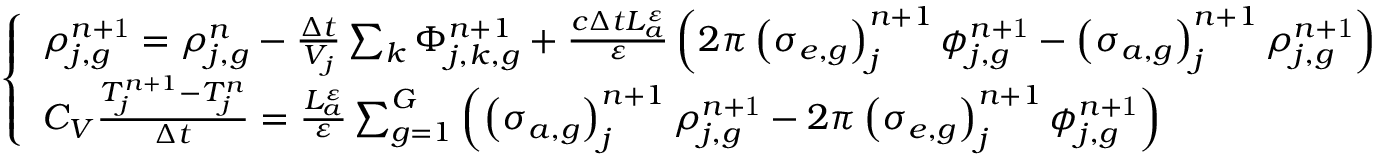
\left\{ \begin{array} { l } { { \rho _ { j , g } ^ { n \mathrm { + 1 } } = \rho _ { j , g } ^ { n } - \frac { \Delta t } { V _ { j } } \sum _ { k } \Phi _ { j , k , g } ^ { n + 1 } + \frac { c \Delta t L _ { a } ^ { \varepsilon } } { \varepsilon } \left( 2 \pi \left( \sigma _ { e , g } \right) _ { j } ^ { n + 1 } \phi _ { j , g } ^ { n \mathrm { + 1 } } - \left( \sigma _ { a , g } \right) _ { j } ^ { n + 1 } \rho _ { j , g } ^ { n \mathrm { + 1 } } \right) } } \\ { { C _ { V } \frac { T _ { j } ^ { n + 1 } - T _ { j } ^ { n } } { \Delta t } = \frac { L _ { a } ^ { \varepsilon } } { \varepsilon } \sum _ { g = 1 } ^ { G } \left( \left( \sigma _ { a , g } \right) _ { j } ^ { n + 1 } \rho _ { j , g } ^ { n \mathrm { + 1 } } - 2 \pi \left( \sigma _ { e , g } \right) _ { j } ^ { n + 1 } \phi _ { j , g } ^ { n \mathrm { + 1 } } \right) } } \end{array} \right.